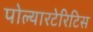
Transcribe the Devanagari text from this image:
पोल्यारटेरिटिस